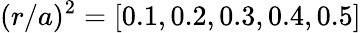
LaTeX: (r/a)^{2}=[0.1,0.2,0.3,0.4,0.5]